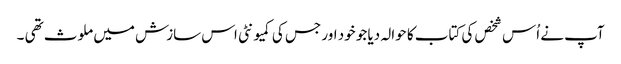
آپ نے اُس شخص کی کتاب کا حوالہ دیا جو خود اور جس کی کمیونٹی اس سازش میں ملوث تھی ۔